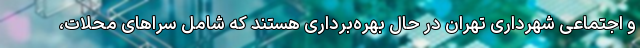
و اجتماعی شهرداری تهران در حال بهره‌برداری هستند که شامل سراهای محلات،